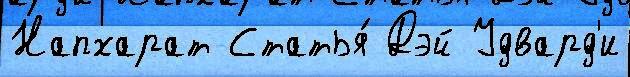
Напхарат Статья́ Дэй Удвард'и